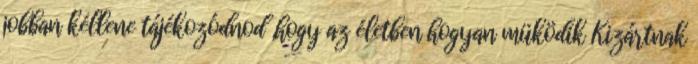
jobban kéllene tájékozódnod ,hogy az életben hogyan müködik Kizártnak